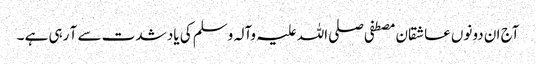
آج ان دونوں عاشقان مصطفی صلی اللہ علیہ وآلہ وسلم کی یاد شدت سے آ رہی ہے ۔